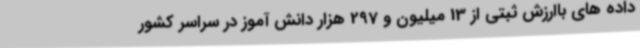
داده های باارزش ثبتی از 13 میلیون و 297 هزار دانش آموز در سراسر کشور